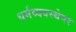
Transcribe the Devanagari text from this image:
धर्मव्यवस्थेवर